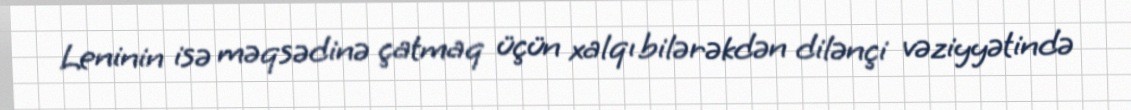
Leninin isə məqsədinə çatmaq üçün xalqı bilərəkdən dilənçi vəziyyətində